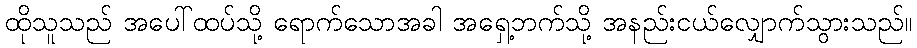
ထိုသူသည် အပေါ်ထပ်သို့ ရောက်သောအခါ အရှေ့ဘက်သို့ အနည်းငယ်လျှောက်သွားသည်။